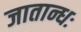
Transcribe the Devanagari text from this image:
जातान्धः